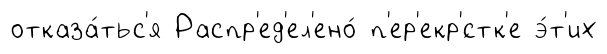
отказа́тьс'я Распр'ед'ел'ено́ п'ер'екр'́стк'е э́т'их